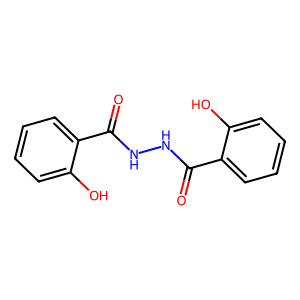
SMILES: O=C(NNC(=O)c1ccccc1O)c1ccccc1O
Inhibits HIV replication: No